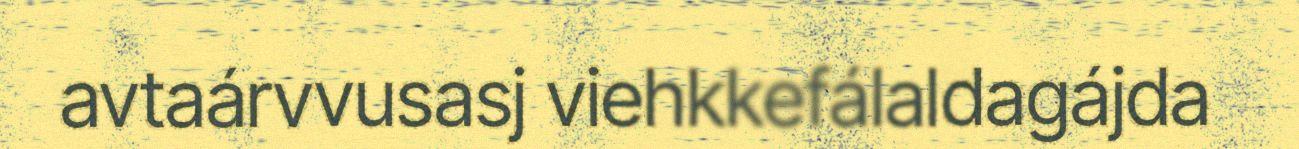
avtaárvvusasj viehkkefálaldagájda